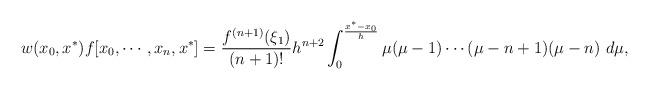
LaTeX: \begin{align*}\begin{aligned}w(x_0,x^*) f[x_0,\cdots, x_n,x^*]=\frac{f^{(n+1)}(\xi_1)}{(n+1)!}h^{n+2}\int_{0}^{\frac{x^*-x_0}{h}}\mu(\mu-1)\cdots(\mu-n+1)(\mu-n)\ d\mu,\end{aligned}\end{align*}